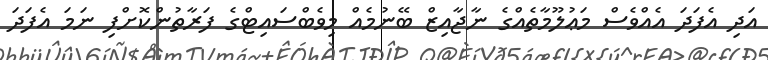
އަދި އެފަދަ އެއްވެސް މަޢުލޫމާތެެއްގެ ނާޖާއިޒް ބޭނުމެއް މިވެބްސައިޓްގެ ފަރާތުންކޮށްފި ނަމަ އެފަދަ